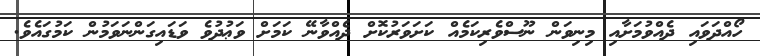
ހޯއްދަވައި ދެއްވުމަށާއި މިނިވަން ނޫސްވެރިކަމެއް ކަށަވަރުކޮށް ދެއްވާނޭ ކަމަށް ވަޢުދުވެ ވަޑައިގަންނަވަމުން ކަމުގައެވެ.